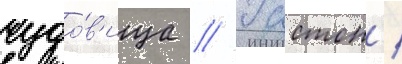
чудо́в'ища // Гастон /